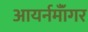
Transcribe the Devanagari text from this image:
आयर्नमॉँगर